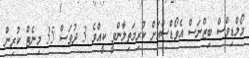
މޯލްޑިވްސް ބިޒްނަސް އެވޯޑްސްއަށް ކުރިމަތިލާންވީ ކީއްވެ 3 ދުވަސް 35 މިނެޓް ކުރިން